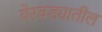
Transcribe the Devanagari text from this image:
येरवड्यातील